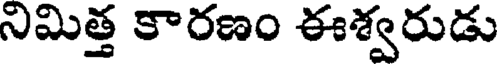
నిమిత్త కారణం ఈశ్వరుడు